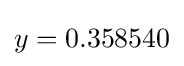
y=0.358540